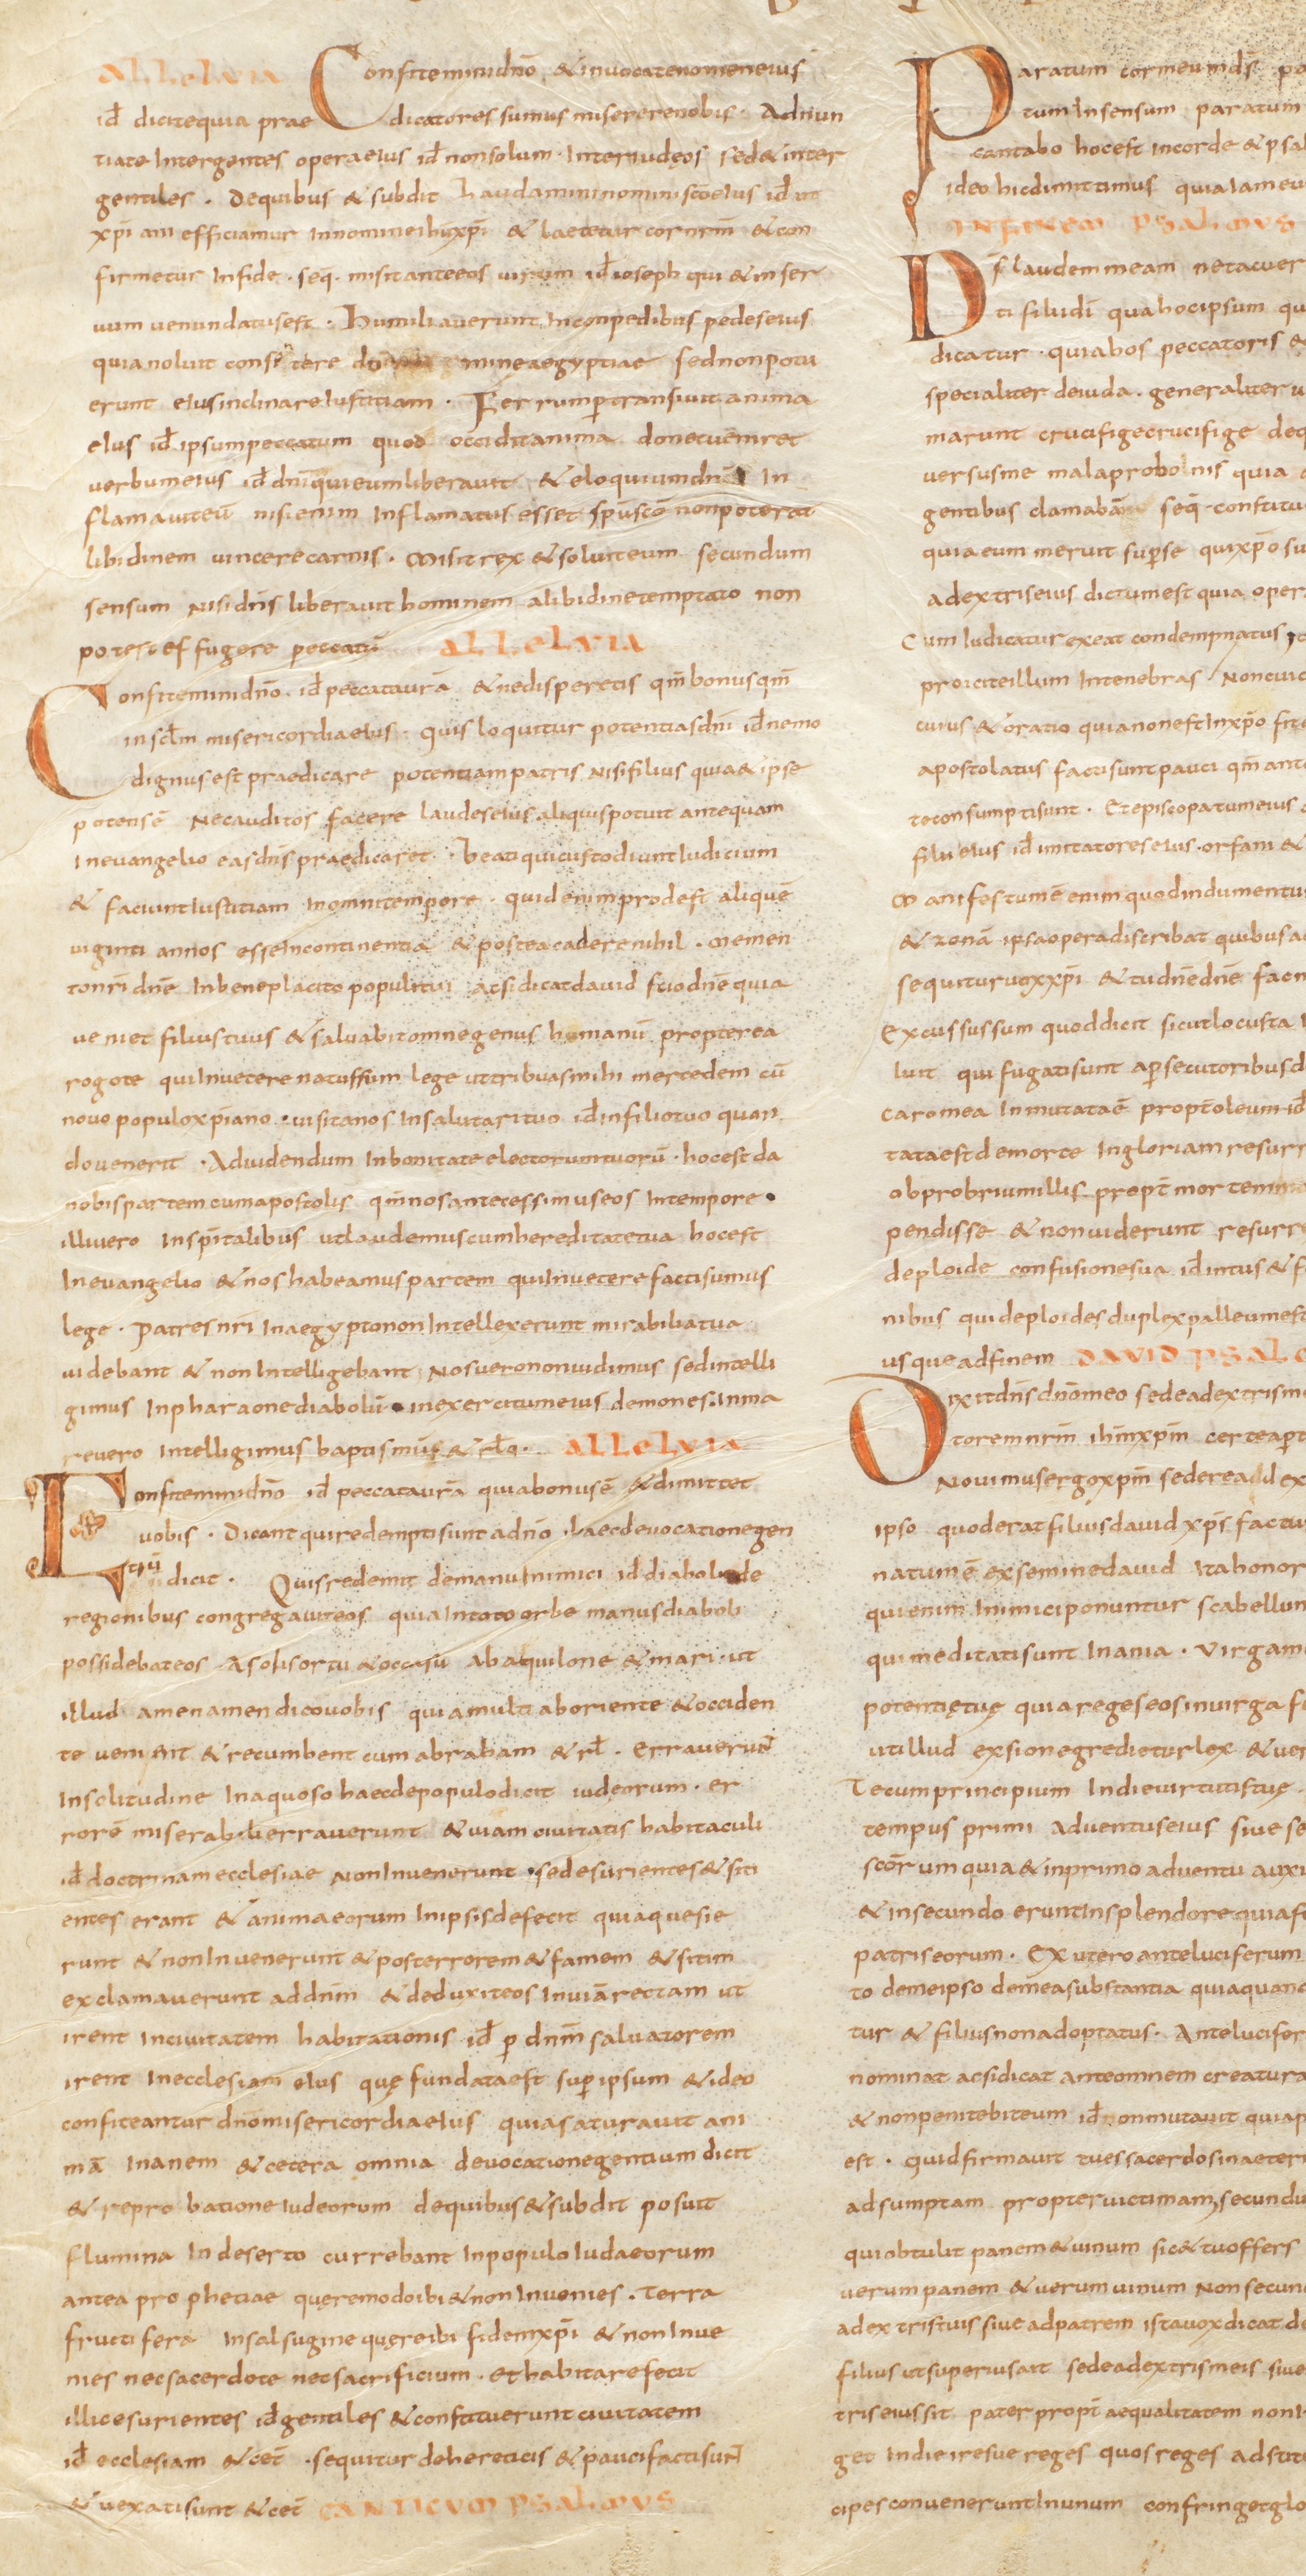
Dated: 800–824